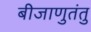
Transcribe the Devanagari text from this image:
बीजाणुतंतु